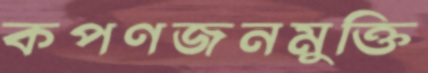
কপণজনমুক্তি